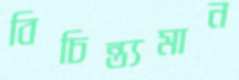
বিচিন্ত্যমান